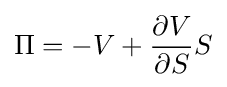
\Pi =-V+{\frac {\partial V}{\partial S}}S